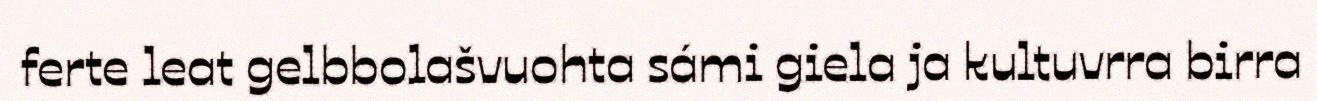
ferte leat gelbbolašvuohta sámi giela ja kultuvrra birra